65_HS1-834228961_62-HQ-83894_Section_2
Agency: FBI
Page 57
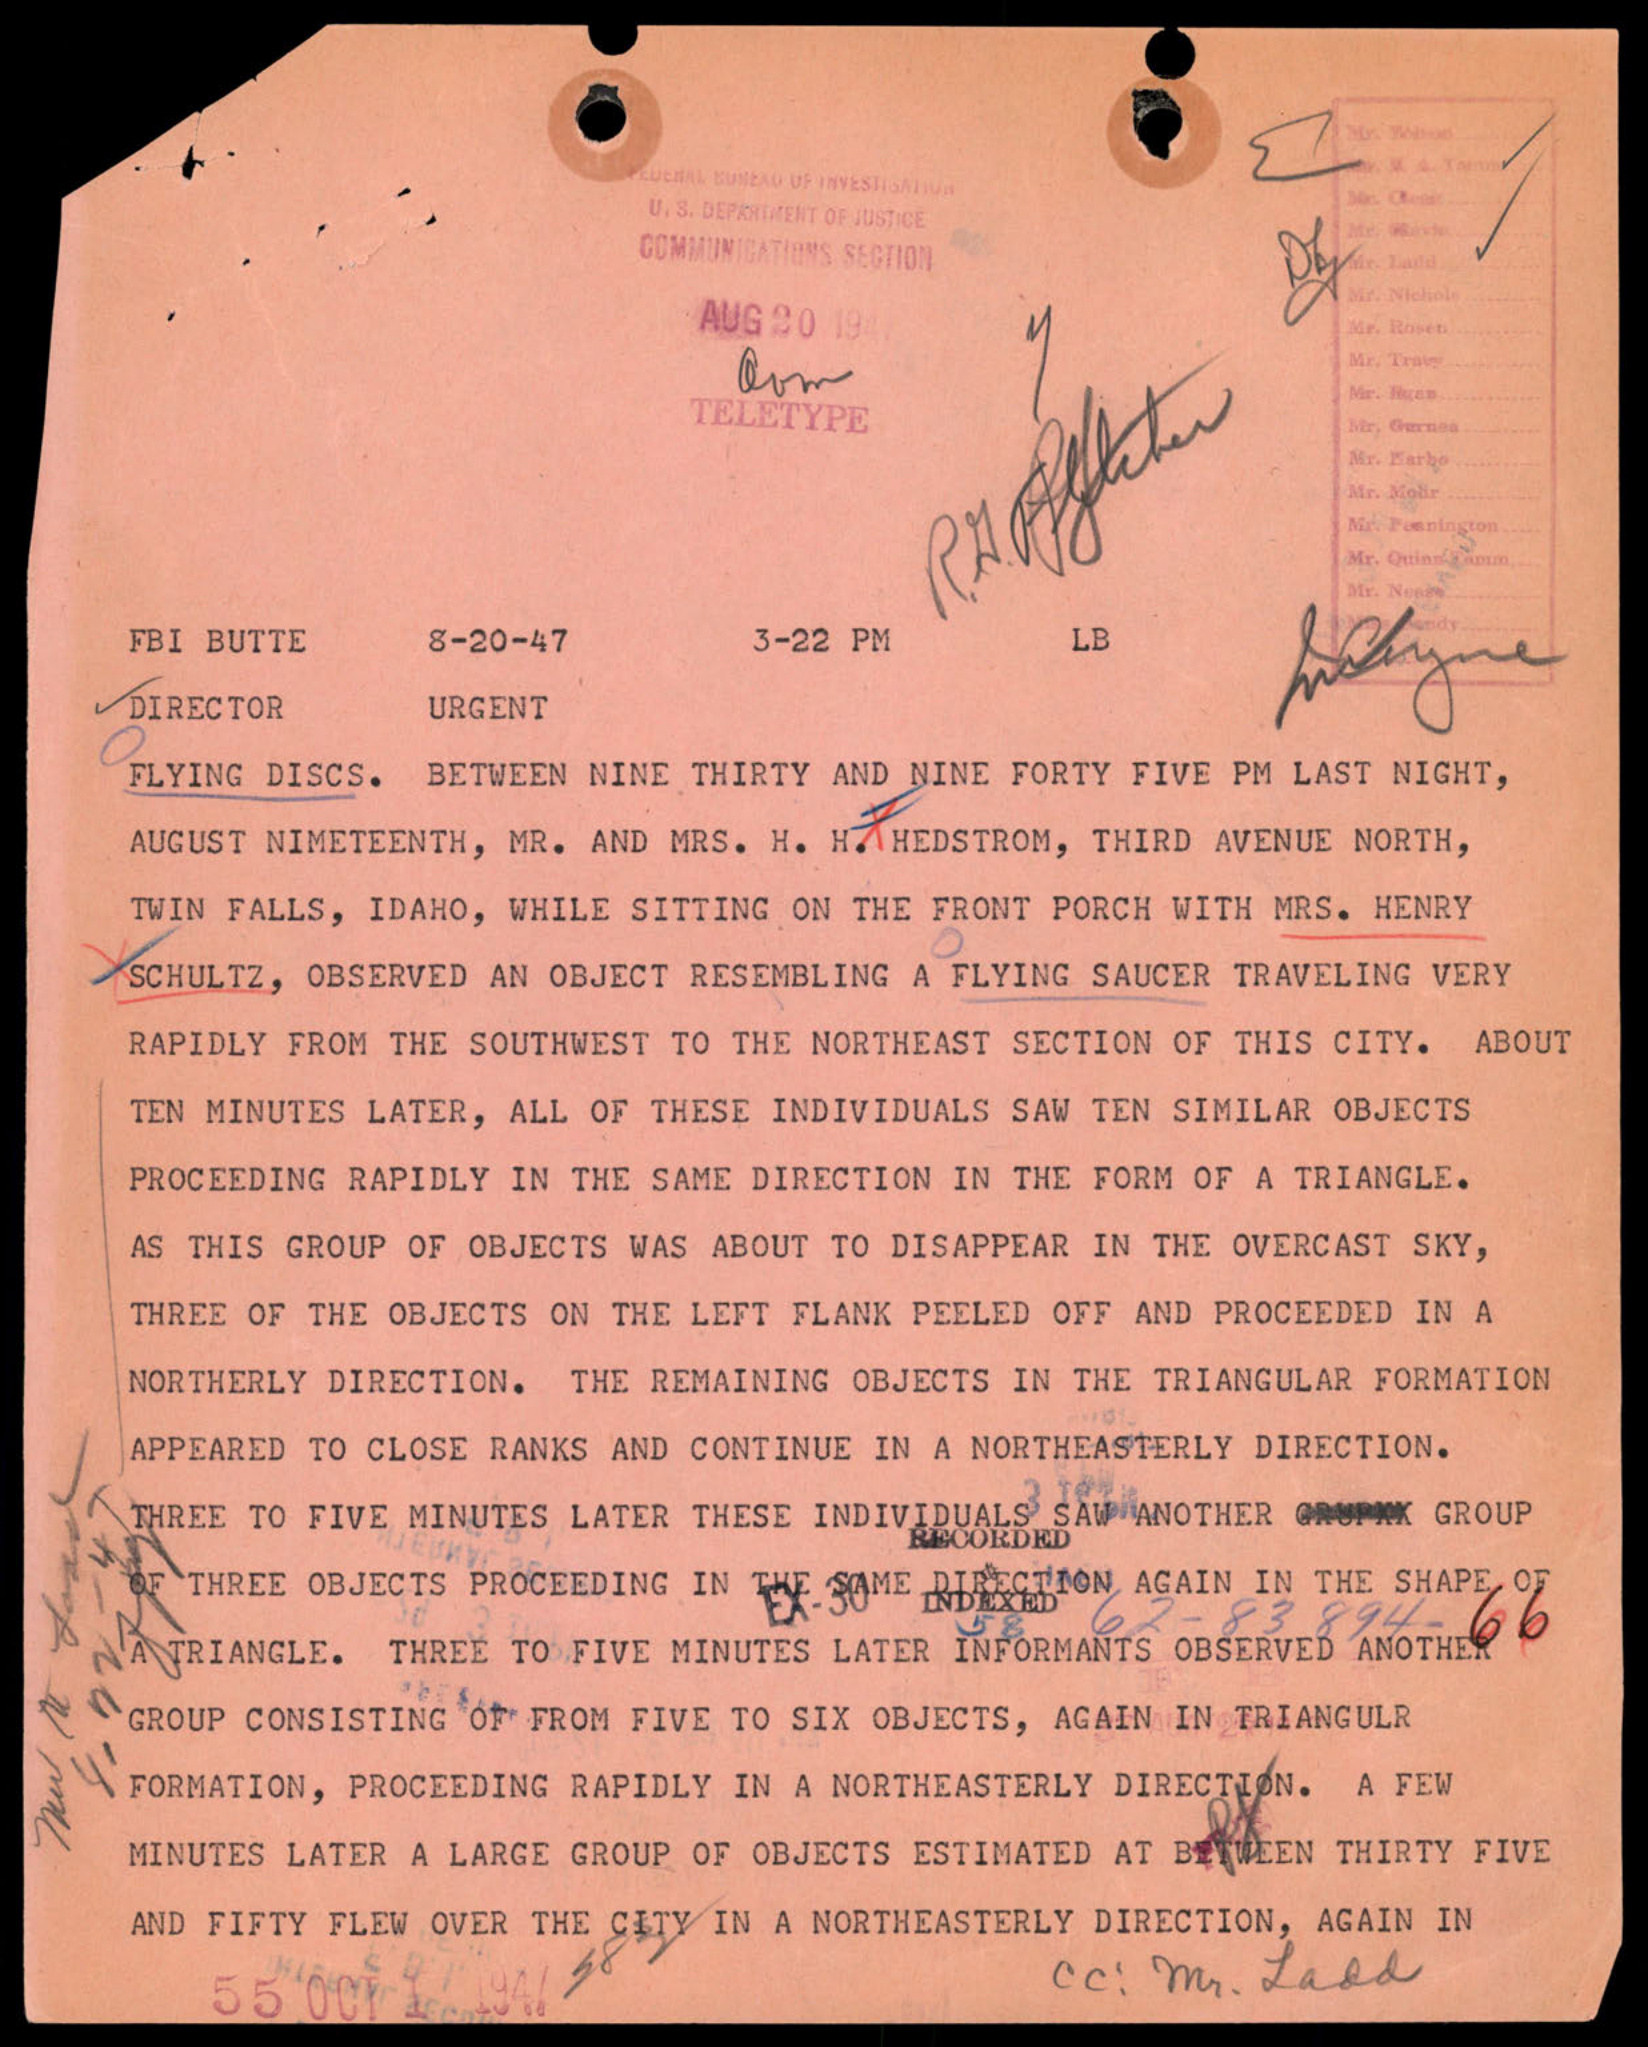